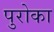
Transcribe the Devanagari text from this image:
पुरोका